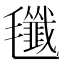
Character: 𣰷